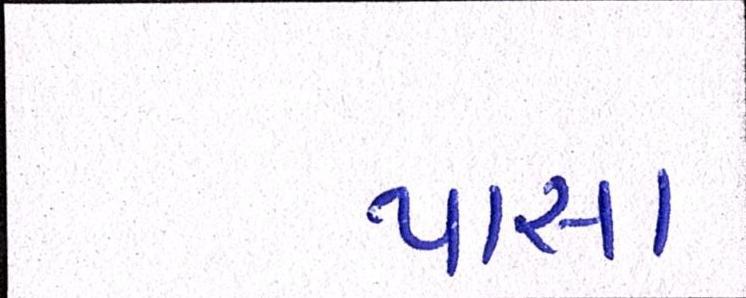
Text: પાસા